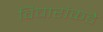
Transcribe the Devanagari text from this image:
विचारांकडे